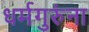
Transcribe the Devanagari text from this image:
धर्मगुरुंना